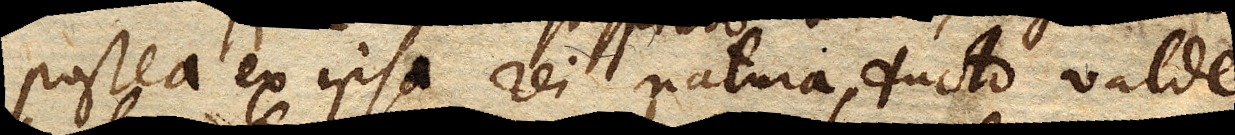
postea ex ipsa rei natura ducto valde